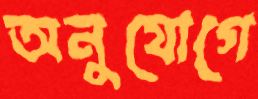
অনুযোগে